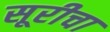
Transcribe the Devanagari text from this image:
सूरीचा